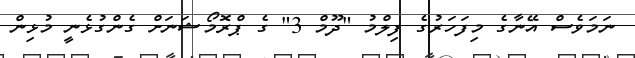
ނަމަވެސް އޭނާގެ މިފަހަރުގެ ފިލްމު "ދޫމް 3" ގެ ޕްރޮމޯޝަނަށް ގެންގުޅެނީ މުޅިން